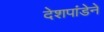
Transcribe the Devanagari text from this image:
देशपांडेने